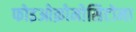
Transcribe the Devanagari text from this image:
फोइओक्रोमोसिटोमा